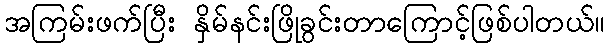
အကြမ်းဖက်ပြီး နှိမ်နင်းဖြိုခွင်းတာကြောင့်ဖြစ်ပါတယ်။